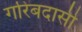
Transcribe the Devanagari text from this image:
गरिबदासी